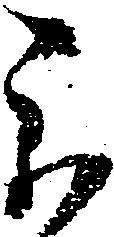
被